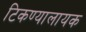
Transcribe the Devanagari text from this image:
टिकण्यालायक